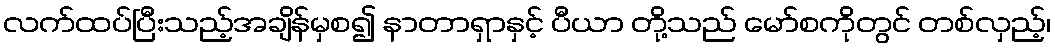
လက်ထပ်ပြီးသည့်အချိန်မှစ၍ နာတာရှာနှင့် ပီယာ တို့သည် မော်စကိုတွင် တစ်လှည့်၊